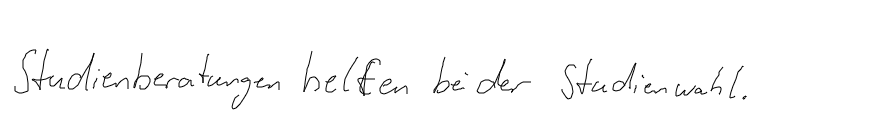
Studienberatungen helfen bei der Studienwahl.